Leaving Certificate, 1896
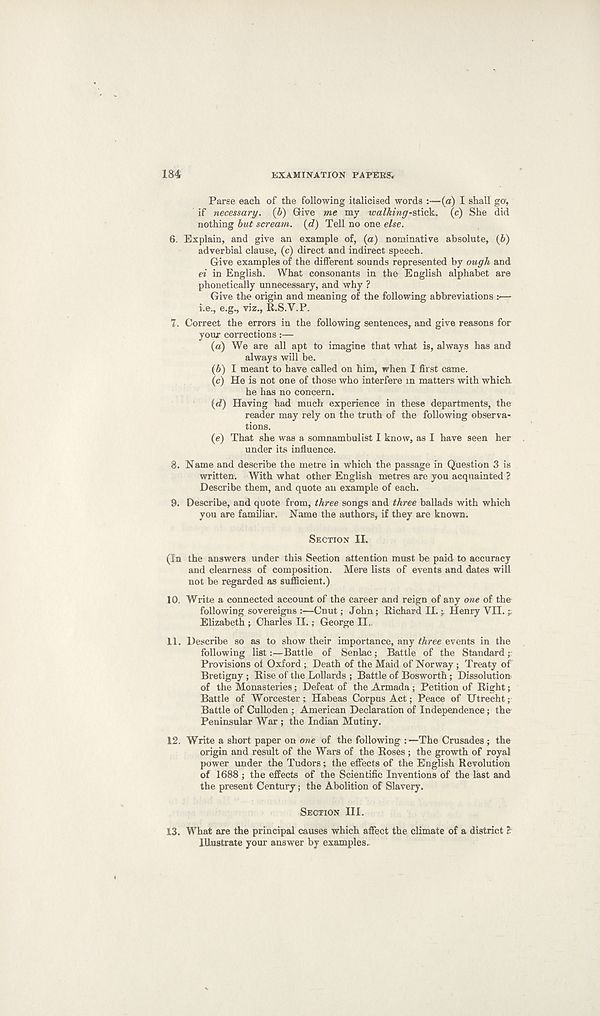
184
EXAMINATION PAPERS.
Parse each of the following italicised words :—(a) I shall "O',
if necessary, (b) Give me my walking-stick, (c) She did
nothing but scream, (e?) Tell no one else.
6. Explain, and give an example of, (a) nominative absolute, (6)
adverbial clause, (c) direct and indirect speech.
Give examples of the different sounds represented by ough and
ei in English. What consonants in the English alphabet are
phonetically unnecessary, and why ?
Give the origin and meaning of the following abbreviations >—
i.e., e.g., viz., R.S.V.P.
7. Correct the errors in the following sentences, and give reasons for
your corrections:—
(a) We are all apt to imagine that what is, always has and
always will be.
{b) I meant to have called on him, when I first came.
(c) He is not one of those who interfere in matters with which,
he has no concern.
{d) Having had much experience in these departments, the
reader may rely on the truth of the following observa-
tions.
(e) That she was a somnambulist I know, as I have seen her
under its influence.
8. Name and describe the metre in which the passage in Question 3 is
written. With what other English metres are you acquainted ?
Describe them, and quote au example of each.
9. Describe, and quote from, three songs and three ballads with which
you are familiar. Name the authors, if they are known.
SECTION II.
(In the answers under this Section attention must be paid to accuracy
and clearness of composition. Mere lists of events and dates will
not be regarded as sufficient.)
10. Write a connected account of the career and reign of any one of the
following sovereigns :—Cnut; John; Richard II. ; Henry VII. ^
Elizabeth ; Charles II.; George II..
11. Describe so as to show their importance, any three events in the
following list:—Battle of Senlac; Battle of the Standard ;
Provisions of Oxford ; Death of the Maid of Norway ; Treaty of
Bretigny ; Rise of the Lollards ; Battle of Bosworth; Dissolution
of the Monasteries; Defeat of the Armada ; Petition of Right;
Battle of Worcester; Habeas Corpus Act; Peace of Utrecht;
Battle of Culloden ; American Declaration of Independence; the
Peninsular War ; the Indian Mutiny.
12. Write a short paper on one of the following :—The Crusades ; the
origin and result of the Wars of the Roses ; the growth of royal
power under the Tudors; the effects of the English Revolution
of 1688 ; the effects of the Scientific Inventions of the last and
the present Century; the Abolition of Slavery.
SECTION III.
13. What are the principal causes which affect the climate of a district t
Illustrate your answer by examples.